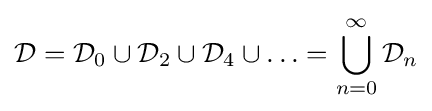
{\mathcal {D}}={\mathcal {D}}_{0}\cup {\mathcal {D}}_{2}\cup {\mathcal {D}}_{4}\cup \ldots =\bigcup _{n=0}^{\infty }{\mathcal {D}}_{n}